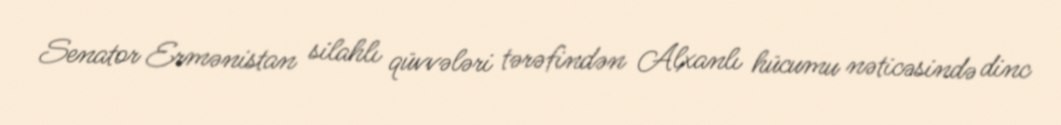
Senator Ermənistan silahlı qüvvələri tərəfindən Alxanlı hücumu nəticəsində dinc